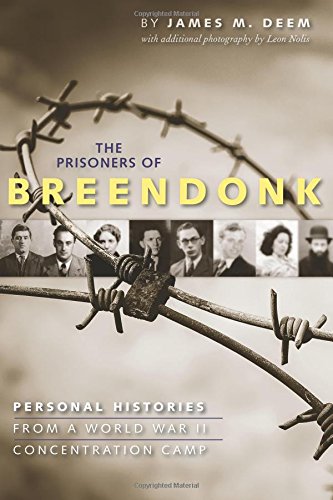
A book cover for The Prisoners of Breendonk: Personal Histories from a World War II Concentration Camp; James M. Deem; Teen & Young Adult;